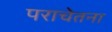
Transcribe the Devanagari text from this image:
पराचेतना